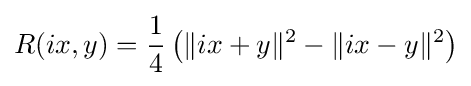
R(ix,y)={\frac {1}{4}}\left(\|ix+y\|^{2}-\|ix-y\|^{2}\right)